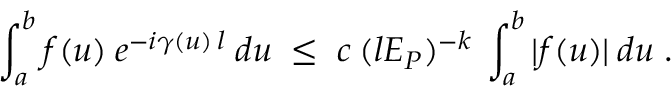
\int _ { a } ^ { b } f ( u ) \: e ^ { - i \gamma ( u ) \: l } \: d u \; \leq \; c \: ( l E _ { P } ) ^ { - k } \: \int _ { a } ^ { b } | f ( u ) | \: d u \; .